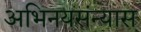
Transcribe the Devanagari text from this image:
अभिनयसंन्यास